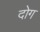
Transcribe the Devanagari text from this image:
दोग